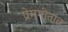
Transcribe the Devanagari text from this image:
प्रेमगीतात